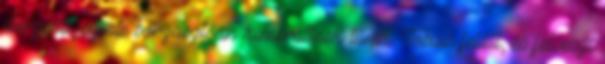
dörzsöli, szinte borzasztóan kimerültnek tűnik. Tobias feláll, és felveszi